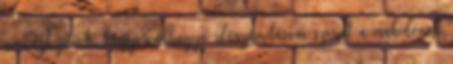
ami azt jelenti, hogy rendhagyó időszámításom szerint a makedónok